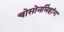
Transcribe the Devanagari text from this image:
चोसोनमिंहांग